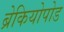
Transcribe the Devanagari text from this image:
ब्रेकियोपोड